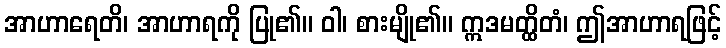
အာဟာရေတိ၊ အာဟာရကို ပြု၏။ ဝါ၊ စားမျို၏။ ဣဒမတ္ထိတံ၊ ဤအာဟာရဖြင့်